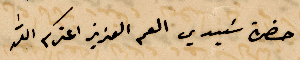
حضرة سيدي العم العزيز اعزكم الله